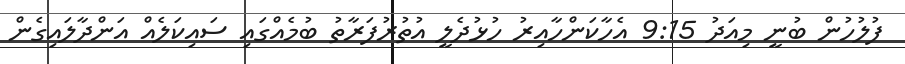
ފުލުހުން ބުނީ މިއަދު 9:15 އެހާކަންހާއިރު ހުޅުދެލީ އުތުރުފަރާތު ބުމެއްގައި ސައިކަލެއް އަންދާލައިގެން